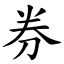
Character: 券